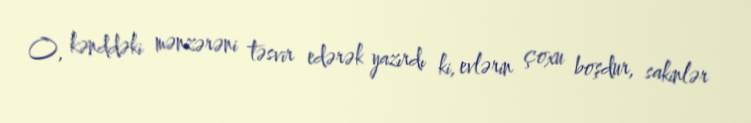
O, kənddəki mənzərəni təsvir edərək yazırdı ki, evlərin çoxu boşdur, sakinlər